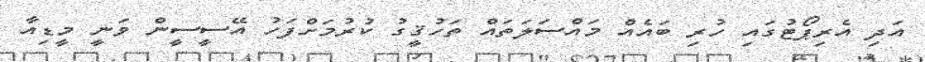
އަދި އެރިޕޯޓުގައި ހުރި ބައެއް މައްސަލަތައް ތަހުޤީގު ކުރުމަށްފަހު އޭސީސީން ވަނީ މީޑިއާ